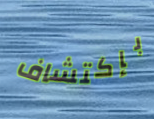
بإكتشاف